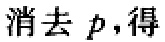
消去 \(p\)，得